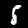
Digit: 5